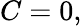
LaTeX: C=0,